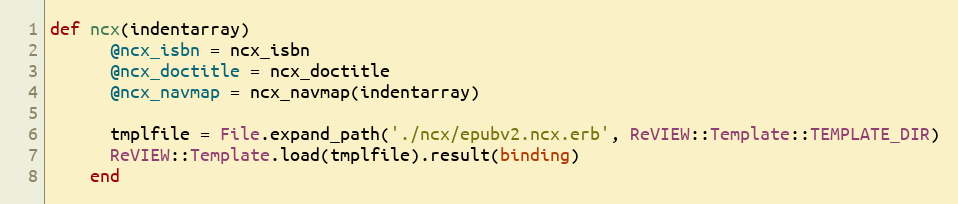
Language: Ruby
def ncx(indentarray)
      @ncx_isbn = ncx_isbn
      @ncx_doctitle = ncx_doctitle
      @ncx_navmap = ncx_navmap(indentarray)

      tmplfile = File.expand_path('./ncx/epubv2.ncx.erb', ReVIEW::Template::TEMPLATE_DIR)
      ReVIEW::Template.load(tmplfile).result(binding)
    end